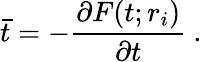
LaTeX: \bar{t}=-{\frac{\partial F(t;r_{i})}{\partial t}}\ .